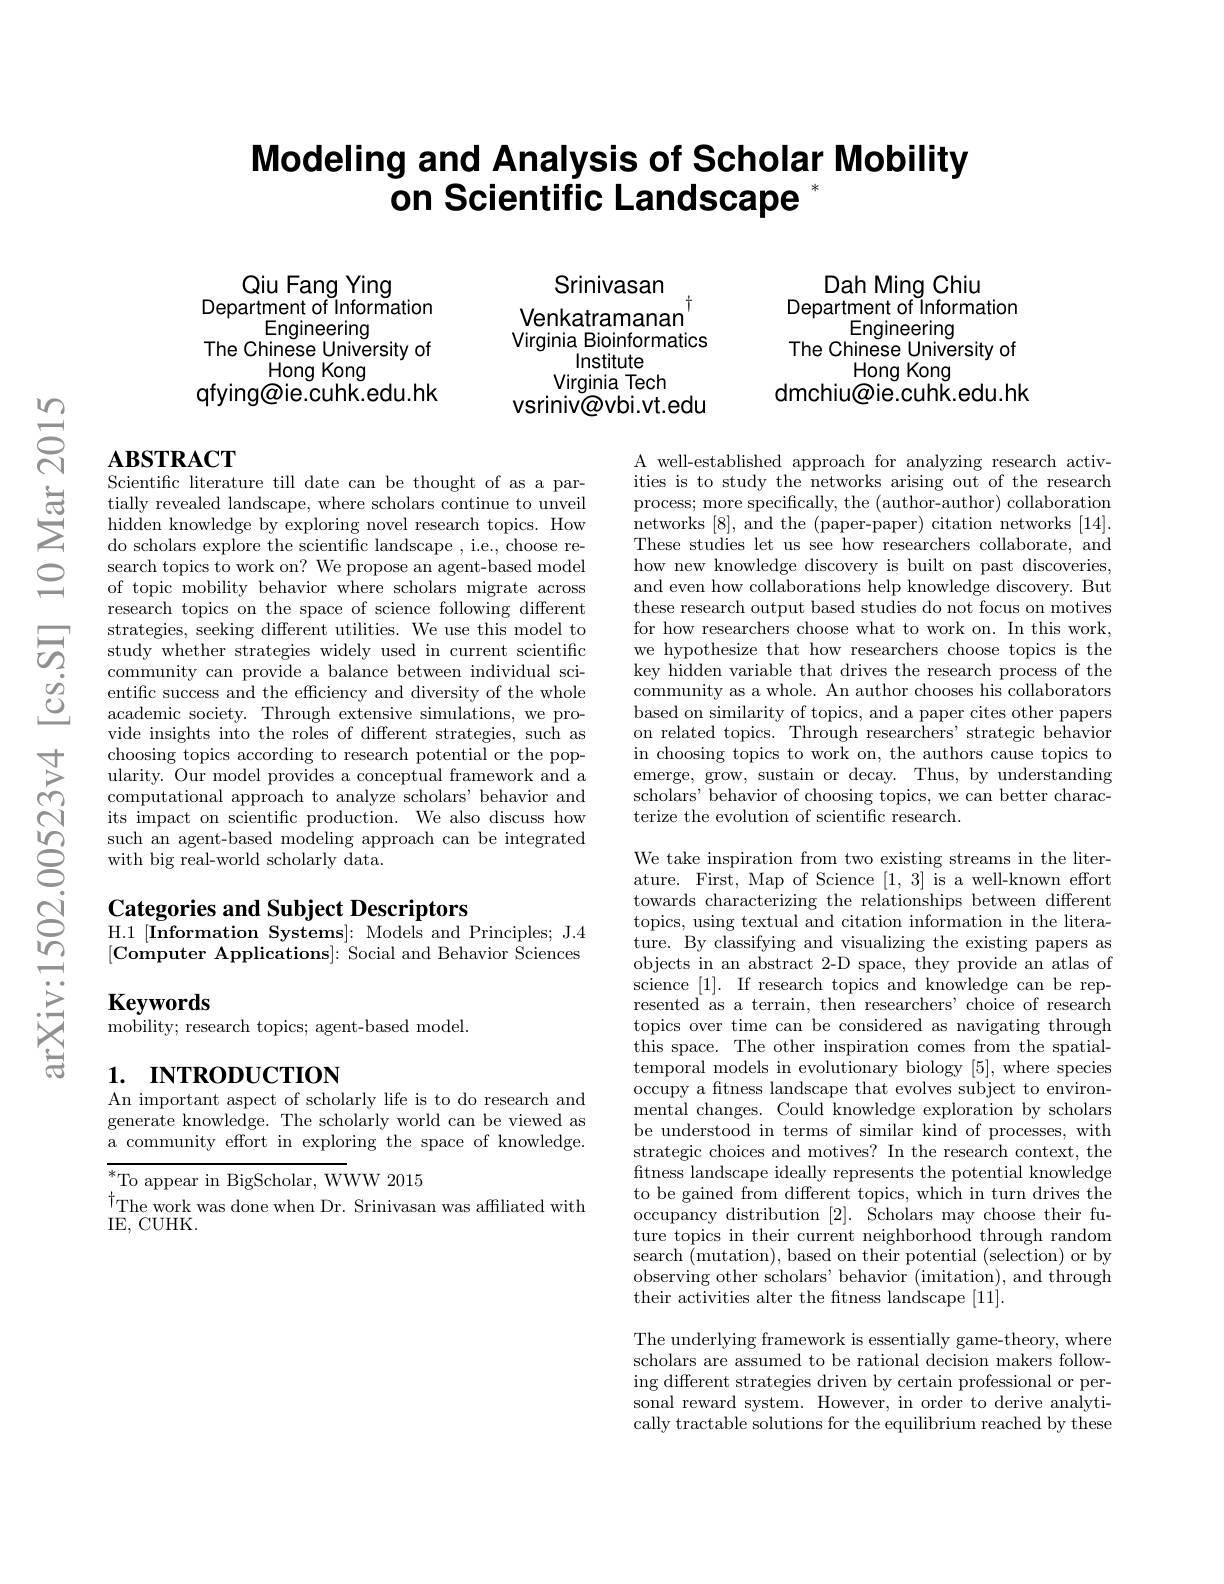
# Modeling and Analysis of Scholar Mobility on Scientific Landscape

$ଂୁ$

Qiu Fang Ying
Department of Information
Engineering
The Chinese University of
Hong Kong
qfying@ie.cuhk.edu.hk

Srinivasan Venkatramanan Virginia Bioinformatics
Institute
Virginia Tech
vsriniv@vbi.vt.edu

## $\mathbf{ABSTRACT}$ Scientific literature till date can be thought of as a par-

sclentinc inerature tin aate can be tiougnt ol as a par- tially revealed landscape, where scholars continue to unveil hidden knowledge by exploring novel research topics. How do scholars explore the scientiffc landscape , i. e. choose re-
do scholars explore the scientific landscape , i.e., choose research topics to work on? We propose an agent-based model of topic mobility behavior where scholars migrate across research topics on the space of science following different strategies, seeking different utilities. We use this model to study whether strategies widely used in current scientific community can provide a balance between individual scientific success and the efficiency and diversity of the whole academic society. Through extensive simulations, we provide insights into the roles of different strategies, such as choosing topics according to research potential or the popularity. Our model provides a conceptual framework and a computational approach to analyze scholars' behavior and its impact on scientific production. We also discuss how such an agent-based modeling approach can be integrated with big real-world scholarl

Categories and Subject Descriptors
H.1 [Information Systems]: M [Computer Applications]: Social and Behavior Sciences

Keywords
$\ddot{\text{mobility; research topics; agent-based model.}}$

## 1. INTRODUCTION

An important aspect of schol $\hat{\text{generate knowledge. The scholarly world can be viewed as}}$ a community effort in explor

${\overline{{^*}\text{To appear in BigScholar, W}}}$WW 2015
The work was done when Dr. Srinivasan was affliated with
IE, CUHK.

Dah Ming Chiu
Department of Information
Engineering
The Chinese University of
Hong Kong
dmchiu@ie.cuhK.edu.hk

A well-established approach for analyzing research activities is to study the networ process; more specifically, networks [8], and the (paper-paper) citation networks [14]. These studies let us see how researchers collaborate, and how new knowledge discovery and even how collaborations help knowledge discovery. But these research output based for how researchers choose what to work on. In this work, we hypothesize that how rese key hidden variable that drives the research process of the community as a whole. An aut based on similarity of topics, and a paper cites other papers on related topics. Through r in choosing topics to work on, the authors cause topics to emerge, grow, sustain or dec scholars' behavior of choosing topics, we can better characterize the evolution of scientific research.

We take inspiration from two existing streams in the literature. First, Map of Science [1,3] is a well-known effort towards characterizing the relationships between different topics, using textual and citation information in the literature. By classifying and visualizing the existing papers as objects in an abstract 2-D space, they provide an atlas of science [1]. If research topics and knowledge can be represented as a terrain, then researchers' choice of research topics over time can be considered as navigating through this space. The other inspiration comes from the spatial- $\bar{\text{temporal models in evolutionary biology }[5]}$,where species occupy a ftness landscape that evolves subject to environmental changes. Could knowledge exploration by scholars be understood in terms of similar kind of processes, with strategic choices and motives? In the research context, the fitness landscape ideally represents the potential knowledge to be gained from different topics, which in turn drives the occupancy distribution [2]. Scholars may choose their future topics in their current neighborhood through random search (mutation), based on their potential (selection) or by observing other scholars' behavior (imitation), and through their activities alter the ftness landscape [11].

The underlying framework is essentially game-theory, where scholars are assumed to be rational decision makers following different strategies driven by certain professional or personal reward system. However, in order to derive analytically tractable solutions for the equilibrium reached by these